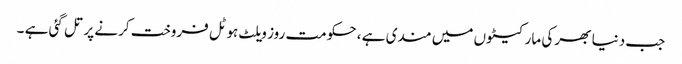
جب دنیا بھر کی مارکیٹوں میں مندی ہے ، حکومت روز ویلٹ ہوٹل فروخت کرنے پر تل گئی ہے ۔